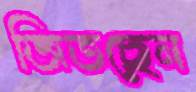
জিতছেন